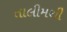
તાલીમથી